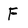
Character: F